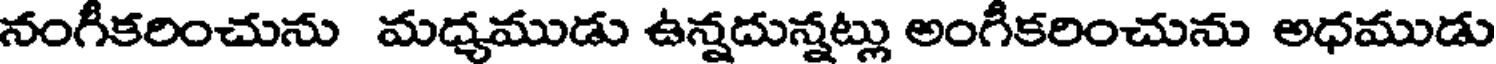
నంగీకరించును మధ్యముడు ఉన్నదున్నట్లు అంగీకరించును అధముడు